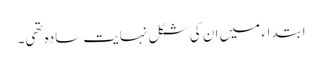
ابتداء میں ان کی شکل نہایت سادہ تھی۔